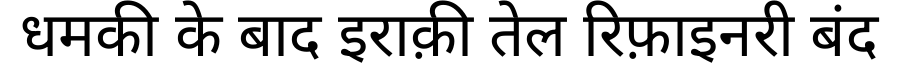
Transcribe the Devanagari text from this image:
धमकी के बाद इराक़ी तेल रिफ़ाइनरी बंद